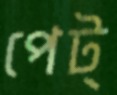
পেট্